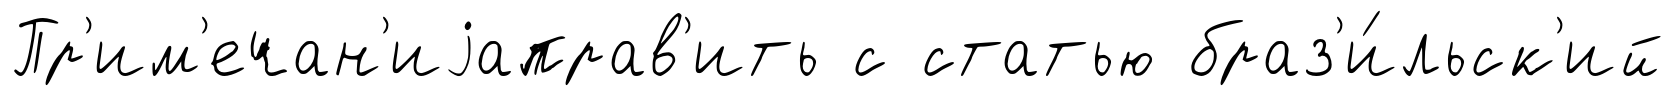
Пр'им'ечан'иjаправ'ить с статью браз'и́льск'ий